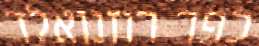
כפר רוזנואלד